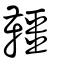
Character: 韁